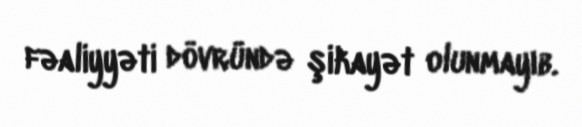
fəaliyyəti dövründə şikayət olunmayıb.